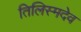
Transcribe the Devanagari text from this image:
तिलिस्मदेव